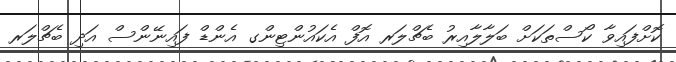
ކޮށްފައިވާ ކޯސްތަކަށް ބަލާލާއިރު ބެޗްލަރ އޮފް އެކައުންޓިންގ އެންޑް ފައިނޭންސް އަދި ބެޗްލަރ